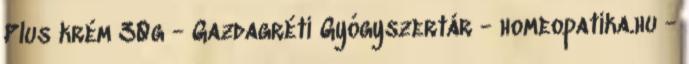
Plus krém 30g - Gazdagréti Gyógyszertár - homeopatika.hu -